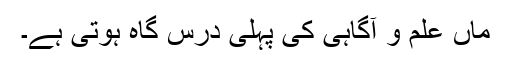
ماں علم و آگاہی کی پہلی درس گاہ ہوتی ہے۔